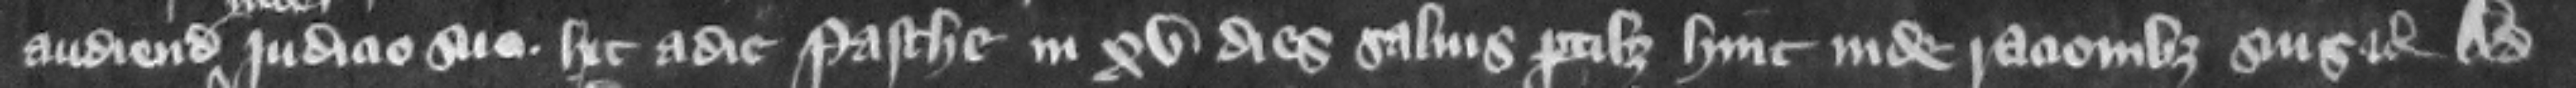
audiendo inde judicio suo hic a die Pasche in . xv. dies saluis partibus hine inde racionibus suis etc. Ad